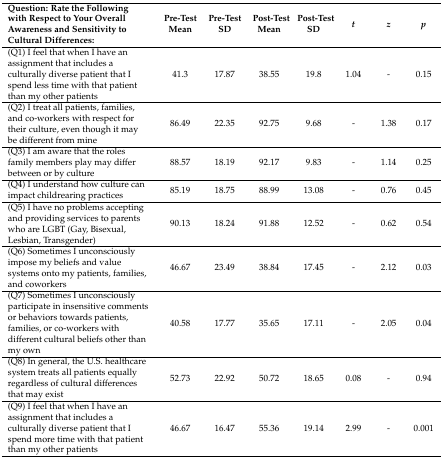
<table><thead><tr><td><b>Question: Rate the Following with Respect to Your Overall Awareness and Sensitivity to Cultural Differences:</b></td><td><b>Pre-Test Mean</b></td><td><b>Pre-Test SD</b></td><td><b>Post-Test Mean</b></td><td><b>Post-Test SD</b></td><td><b><i>t</i></b></td><td><b><i>z</i></b></td><td><b><i>p</i></b></td></tr></thead><tbody><tr><td>(Q1) I feel that when I have an assignment that includes a culturally diverse patient that I spend less time with that patient than my other patients</td><td>41.3</td><td>17.87</td><td>38.55</td><td>19.8</td><td>1.04</td><td>-</td><td>0.15</td></tr><tr><td>(Q2) I treat all patients, families, and co-workers with respect for their culture, even though it may be different from mine</td><td>86.49</td><td>22.35</td><td>92.75</td><td>9.68</td><td>-</td><td>1.38</td><td>0.17</td></tr><tr><td>(Q3) I am aware that the roles family members play may differ between or by culture</td><td>88.57</td><td>18.19</td><td>92.17</td><td>9.83</td><td>-</td><td>1.14</td><td>0.25</td></tr><tr><td>(Q4) I understand how culture can impact childrearing practices</td><td>85.19</td><td>18.75</td><td>88.99</td><td>13.08</td><td>-</td><td>0.76</td><td>0.45</td></tr><tr><td>(Q5) I have no problems accepting and providing services to parents who are LGBT (Gay, Bisexual, Lesbian, Transgender)</td><td>90.13</td><td>18.24</td><td>91.88</td><td>12.52</td><td>-</td><td>0.62</td><td>0.54</td></tr><tr><td>(Q6) Sometimes I unconsciously impose my beliefs and value systems onto my patients, families, and coworkers</td><td>46.67</td><td>23.49</td><td>38.84</td><td>17.45</td><td>-</td><td>2.12</td><td>0.03</td></tr><tr><td>(Q7) Sometimes I unconsciously participate in insensitive comments or behaviors towards patients, families, or co-workers with different cultural beliefs other than my own</td><td>40.58</td><td>17.77</td><td>35.65</td><td>17.11</td><td>-</td><td>2.05</td><td>0.04</td></tr><tr><td>(Q8) In general, the U.S. healthcare system treats all patients equally regardless of cultural differences that may exist</td><td>52.73</td><td>22.92</td><td>50.72</td><td>18.65</td><td>0.08</td><td>-</td><td>0.94</td></tr><tr><td>(Q9) I feel that when I have an assignment that includes a culturally diverse patient that I spend more time with that patient than my other patients</td><td>46.67</td><td>16.47</td><td>55.36</td><td>19.14</td><td>2.99</td><td>-</td><td>0.001</td></tr></tbody></table>